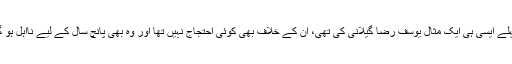
اس سے پہلے ایسی ہی ایک مثال یوسف رضا گیلانی کی تھی، ان کے خلاف بھی کوئی احتجاج نہیں تھا اور وہ بھی پانچ سال کے لیے نااہل ہو گئے تھے۔